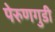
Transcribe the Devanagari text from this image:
पेरुणगुडी